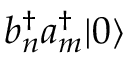
b _ { n } ^ { \dagger } a _ { m } ^ { \dagger } \vert 0 \rangle